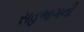
સહભાગની